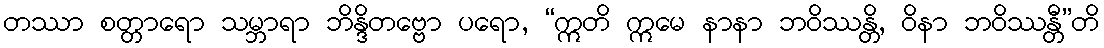
တဿာ စတ္တာရော သမ္ဘာရာ ဘိန္ဒိတဗ္ဗော ပရော, “ဣတိ ဣမေ နာနာ ဘဝိဿန္တိ, ဝိနာ ဘဝိဿန္တီ”တိ